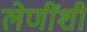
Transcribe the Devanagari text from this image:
लेणींशी